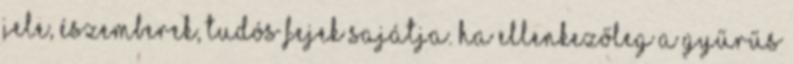
jele, észemberek, tudós fejek sajátja. Ha ellenkezőleg a gyűrűs